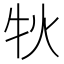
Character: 𤘭